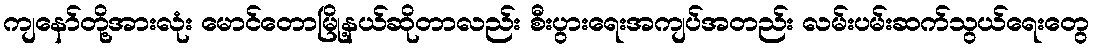
ကျနော်တို့အားလုံး မောင်တောမြို့နယ်ဆိုတာလည်း စီးပွားရေးအကျပ်အတည်း လမ်းပမ်းဆက်သွယ်ရေးတွေ